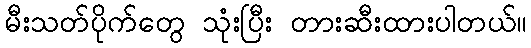
မီးသတ်ပိုက်တွေ သုံးပြီး တားဆီးထားပါတယ်။